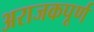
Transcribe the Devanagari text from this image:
अराजकपूर्ण